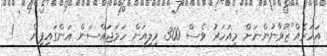
އަހަރެއް"ޒުވާނުންނަށް މިއަހަރު ވެސް 300 މިލިއަން ހަމަޖައްސަން އަންގައިފިން   !